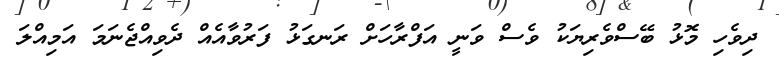
ދިވެހި މޮޅު ބޭސްވެރިޔަކު ވެސް ވަނީ އަފްރާހަށް ރަނގަޅު ފަރުވާއެއް ދެވިއްޖެނަމަ އަމިއްލަ